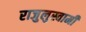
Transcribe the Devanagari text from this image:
राजुलुस्वामी